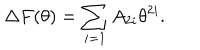
\Delta F ( \theta ) = \sum _ { i = 1 } A _ { 2 i } \theta ^ { 2 i } .